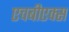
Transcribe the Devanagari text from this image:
एचबीएक्स